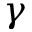
\gamma